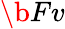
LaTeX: \b{Fv}